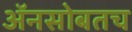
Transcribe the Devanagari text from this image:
अॅनसोबतच